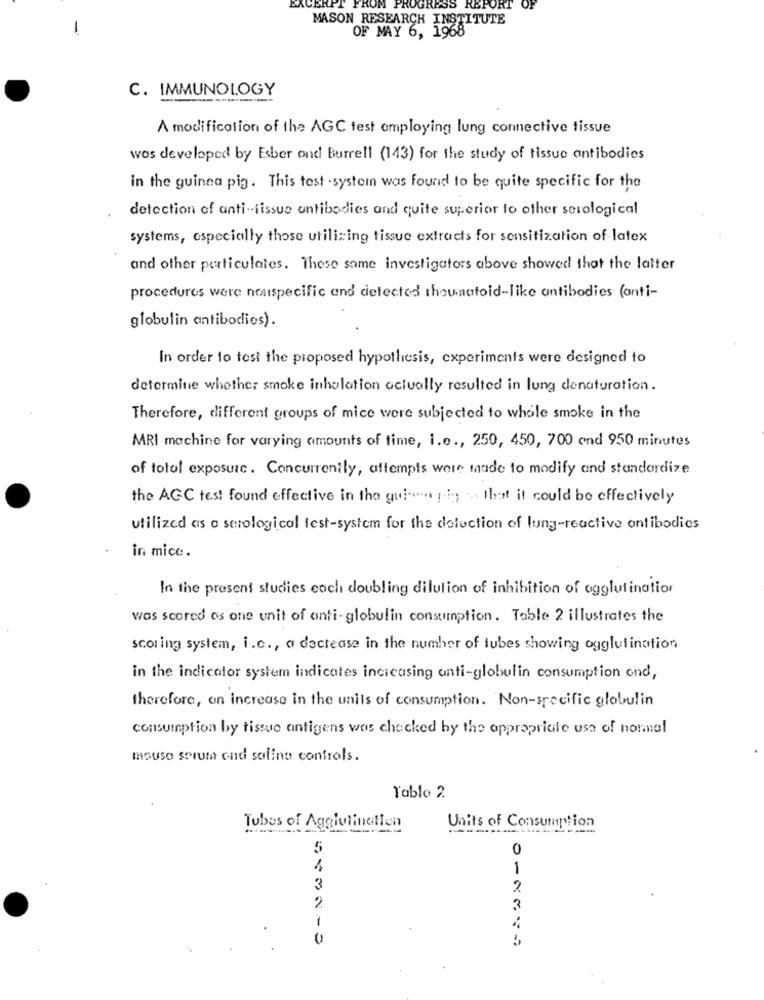
EXCERPT FROM PROGRESS REPORT
MASON RESEARCH INSTITUTE
-
OF MAY 6, 1968
C. IMMUNOLOGY
A modification of the AGC test employing lung connective tissue
was developed by Esber and Burrell (143) for the study of tissue antibodies
in the guinea pig . This test - system was found to be quite specific for the
detection of anti-iissue antibodies and quite superior to other serological
systems, especially those utilizing tissue extracts for sensitization of latex
and other particulates. These same investigators above showed that the latter
procedures were nonspecific and detected thoumatoid-like antibodies (anti-
globulin antibodies).
In order to tost the proposed hypothesis, experiments were designed to
determine whether smoke inhalation actually resulted in lung denaturation.
Therefore, different groups of mice were subjected to whole smoke in the
MRI machine for varying amounts of time, i.e ., 250, 450, 700 end 950 minutes
of totol exposure. Concurrently, attempts were made to modify and standardize
the AGC test found effective in the gui -... p.in ... that it could be effectively
utilized as a serological test-system for the detection of lung-reactive antibodies
in mice.
In the present studies each doubling dilution of inhibition of ogglutination
was scored os one unit of anti-globulin consumption. Table 2 illustrates the
scoring system, i.c ., a decrease in the number of tubes showing agglutination
in the indicator system indicates increasing anti-globulin consumption and,
therefore, an increase in the units of consumption. Non-specific globulin
consumption by tissue antigens was checked by the appropriate use of normal
mouso seruma ond saline controls.
Tablo 2.
Tubos of Aggiulinalien
Units of Consumption
5
0
1
1
3
2
3
0